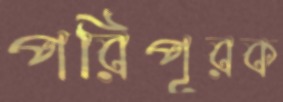
পরিপূরক